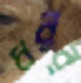
ধরর